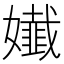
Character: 𡣳